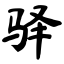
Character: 驿